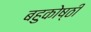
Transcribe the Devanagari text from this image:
बहुकोष्ठी